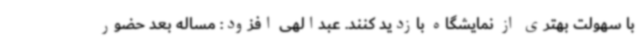
با سهولت بهتری از نمایشگاه بازدید کنند. عبدالهی افزود: مساله بعد حضور